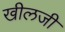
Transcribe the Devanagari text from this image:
खीलजी